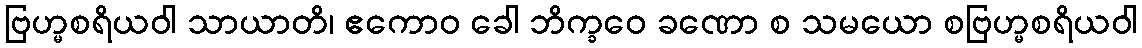
ဗြဟ္မစရိယဝါ သာယာတိ၊ ဧကောဝ ခေါ ဘိက္ခဝေ ခဏော စ သမယော စဗြဟ္မစရိယဝါ